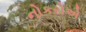
નોકરોએ